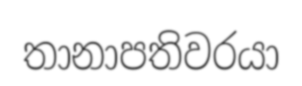
තානාපතිවරයා